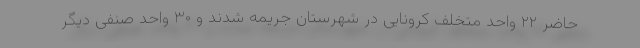
حاضر ۲۲ واحد متخلف کرونایی در شهرستان جریمه شدند و ۳۰ واحد صنفی دیگر